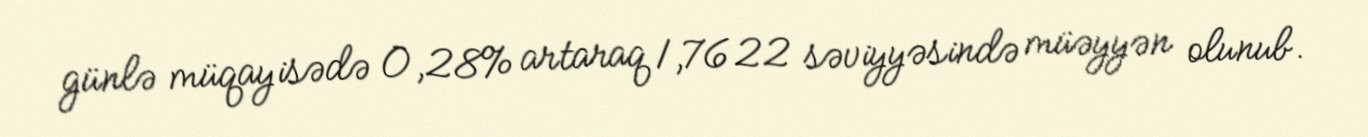
günlə müqayisədə 0,28% artaraq 1,7622 səviyyəsində müəyyən olunub.